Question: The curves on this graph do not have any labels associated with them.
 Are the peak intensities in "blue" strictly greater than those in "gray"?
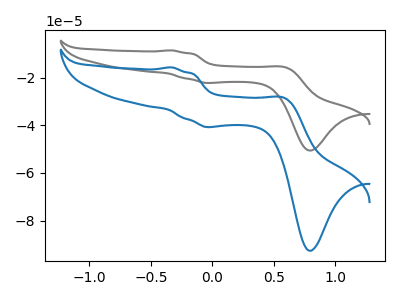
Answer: <think>The gray curve "gray" has anodic peaks at (-0.35V, -8.60uA) (0.60V, -15.70uA) and cathodic peaks at (0.00V, -22.25uA) (0.80V, -50.60uA). The blue curve "blue" has anodic peaks at (-0.35V, -15.75uA) (0.60V, -28.75uA) and cathodic peaks at (0.00V, -40.75uA) (0.80V, -92.65uA).</think>
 <answer>The peaks in "blue" are neither all higher or all lower than the peaks in "gray".</answer>
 <eval>mixed</eval>